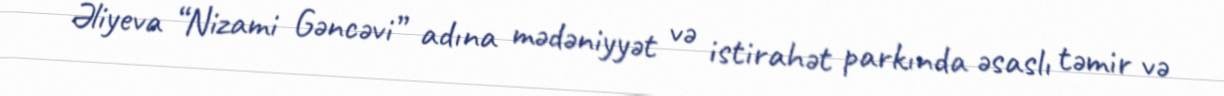
Əliyeva “Nizami Gəncəvi” adına mədəniyyət və istirahət parkında əsaslı təmir və